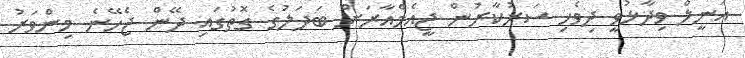
އަނީލް ވިދާޅުވީ ދިވެހި ސަރުކާރުން ޖީއެމްއާރަށް ބަދަލުގެ ގޮތުގައި ދޭން ޖެހޭނެ މިންވަރު